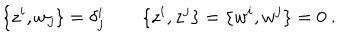
\{ z ^ { i } , w _ { j } \} = \delta _ { j } ^ { i } \qquad \{ z ^ { i } , z ^ { j } \} = \{ w ^ { i } , w ^ { j } \} = 0 \ .